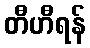
တီဟီရန်